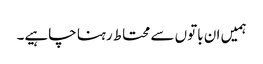
ہمیں ان باتوں سے محتاط رہنا چاہیے۔